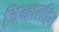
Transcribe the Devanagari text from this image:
चिन्हासहित